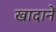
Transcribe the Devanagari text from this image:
खादानें